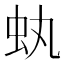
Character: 𧈮